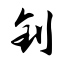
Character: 钊